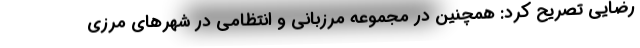
رضایی تصریح کرد: همچنین در مجموعه مرزبانی و انتظامی در شهرهای مرزی